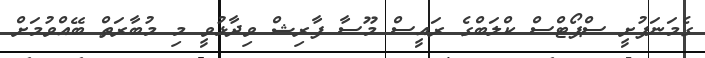
ގެމަނަފުށީ ސްޕޯޓްސް ކްލަބްގެ ރައީސް މޫސާ ފާރިޝް ވިދާޅުވީ މި މުބާރަތް ބޭއްވުމަށް